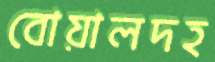
বোয়ালদহ